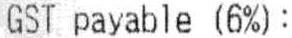
GST PAYABLE (6%):